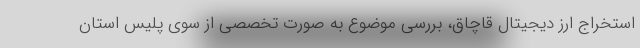
استخراج ارز دیجیتال قاچاق، بررسی موضوع به صورت تخصصی از سوی پلیس استان